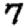
Digit: 7